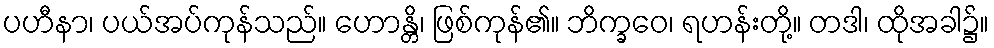
ပဟီနာ၊ ပယ်အပ်ကုန်သည်။ ဟောန္တိ၊ ဖြစ်ကုန်၏။ ဘိက္ခဝေ၊ ရဟန်းတို့။ တဒါ၊ ထိုအခါ၌။